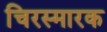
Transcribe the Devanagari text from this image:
चिरस्मारक